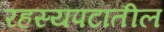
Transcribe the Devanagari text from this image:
रहस्यपटांतील